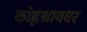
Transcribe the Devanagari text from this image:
कोह्लश्रायबर